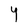
Character: Y